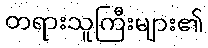
တရားသူကြီးများ၏